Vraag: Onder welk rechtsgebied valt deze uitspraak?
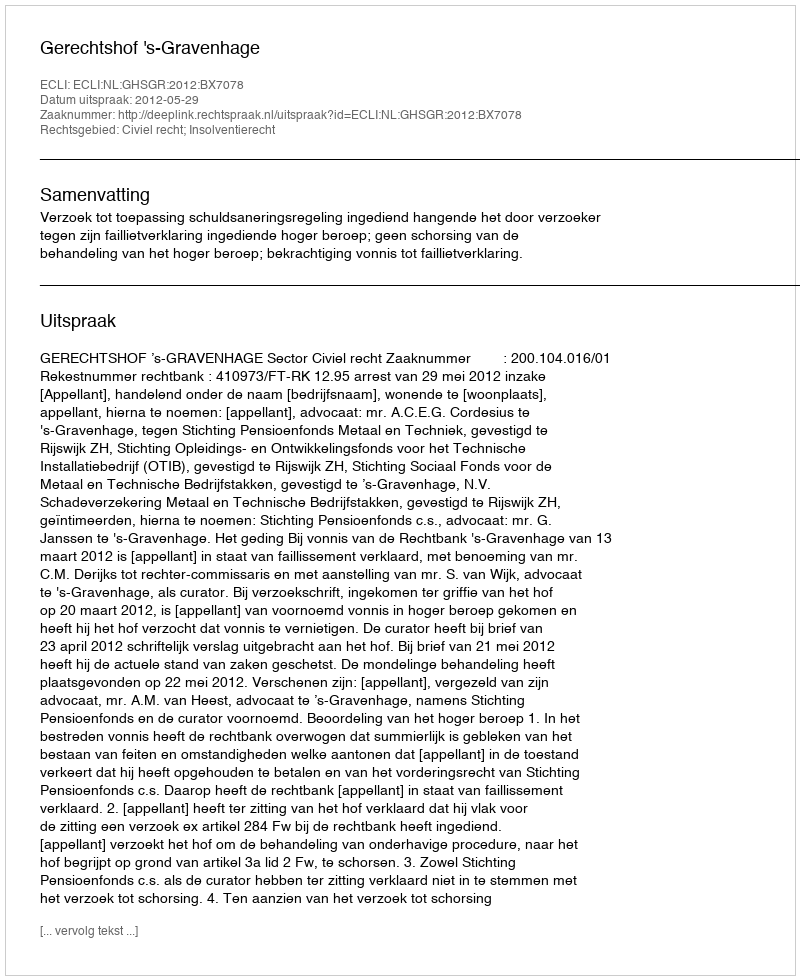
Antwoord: Civiel recht; Insolventierecht